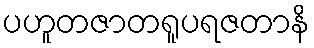
ပဟူတဇာတရူပရဇတာနိ